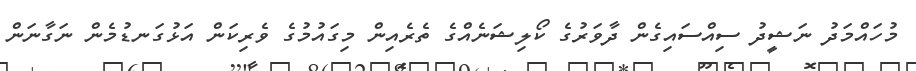
މުހައްމަދު ނަޝީދު ސިއްސައިގެން ދާވަރުގެ ކޯލިޝަނެއްގެ ތެރެއިން މިގައުމުގެ ވެރިކަން އަޅުގަނޑުމެން ނަގާނަން